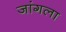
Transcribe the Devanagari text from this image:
जांगला